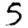
Digit: 5